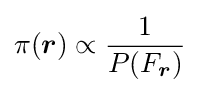
\pi ({\boldsymbol {r}})\propto {\frac {1}{P(F_{\boldsymbol {r}})}}